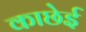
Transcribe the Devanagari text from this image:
काछेई